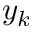
y _ { k }